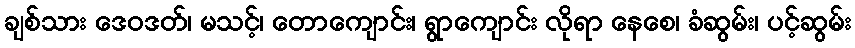
ချစ်သား ဒေဝဒတ်၊ မသင့်၊ တောကျောင်း၊ ရွာကျောင်း လိုရာ နေစေ၊ ခံဆွမ်း၊ ပင့်ဆွမ်း